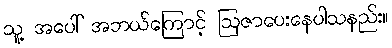
သူ့ အပေါ် အဘယ်ကြောင့် ဩဇာပေးနေပါသနည်း။